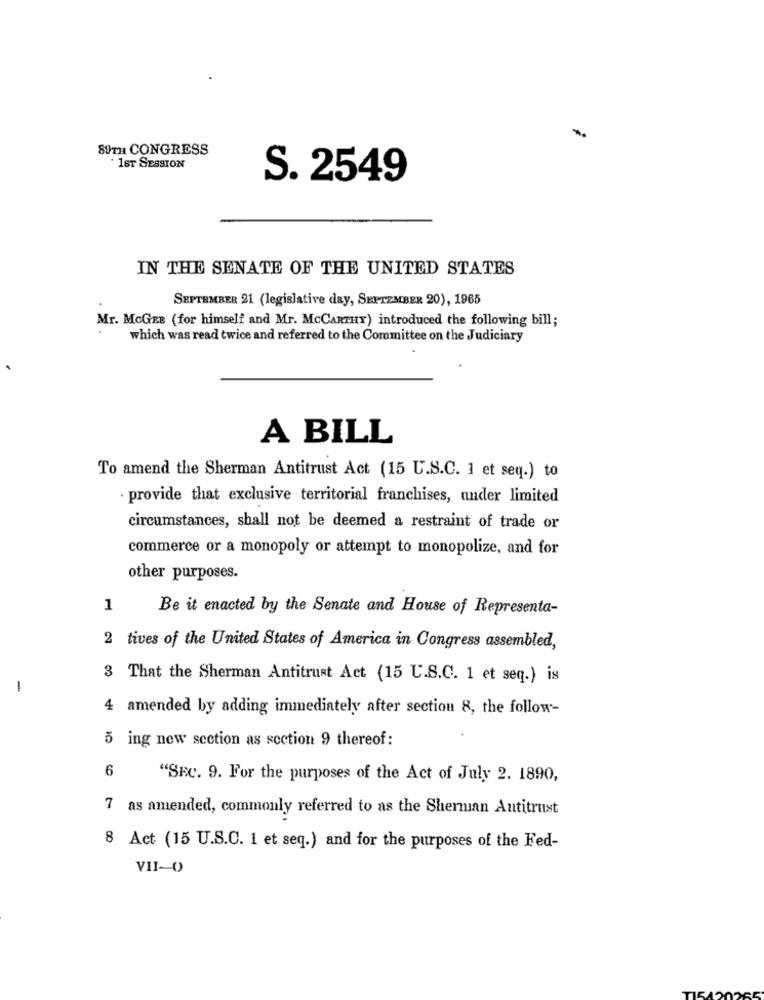
89TH CONGRESS
16T SESSION
S. 2549
IN THE SENATE OF THE UNITED STATES
SEPTEMBER 21 (legislative day, SEPTEMBER 20), 1965
Mr. McGEE (for himself and Mr. MCCARTHY) introduced the following bill;
which was read twice and referred to the Committee on the Judiciary
A BILL
To amend the Sherman Antitrust Act (15 U.S.C. 1 et seq.) to
provide that exclusive territorial franchises, under limited
circumstances, shall not be deemed a restraint of trade or
commerce or a monopoly or attempt to monopolize, and for
other purposes.
1
Be it enacted by the Senate and House of Representa-
2 tives of the United States of America in Congress assembled,
3 That the Sherman Antitrust Act (15 U.S.C. 1 et seq.) is
-
4 amended by adding immediately after section 8, the follow-
5 ing new section as section 9 thereof:
6
"SEC. 9. For the purposes of the Act of July 2. 1890,
7 as amended, commonly referred to as the Sherman Antitrust
8 Act (15 U.S.C. 1 et seq.) and for the purposes of the Fed-
VII-0